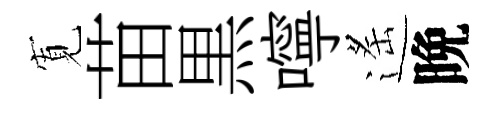
𡩖苗黒嚀遙晩